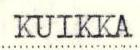
KUIKKA